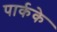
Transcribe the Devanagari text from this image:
पार्कके